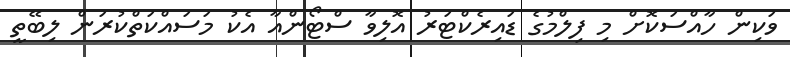
ވަކިން ހާއްސަކޮށް މި ފިލްމުގެ ޑައިރެކްޓަރު އޮލިވާ ސްޓޯންއާ އެކު މަސައްކަތްކުރަން ލިބޭތީ